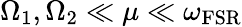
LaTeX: \Omega_{1},\Omega_{2}\ll\mu\ll\omega_{\mathrm{FSR}}